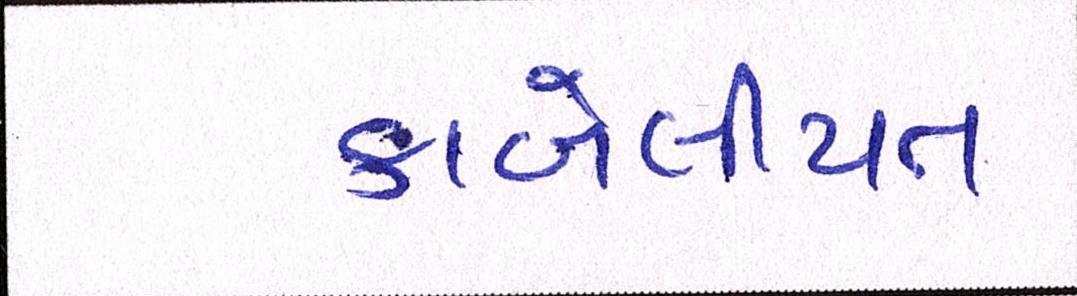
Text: કાબેલીયત